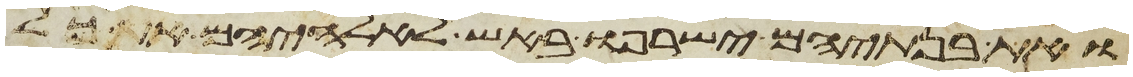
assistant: ואת בנתיהם ישרפו באש לאלהיהם את כל